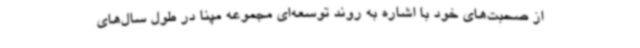
از صحبت‌های خود با اشاره به روند توسعه‌ای مجموعه مپنا در طول سال‌های